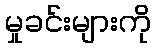
မှုခင်းများကို